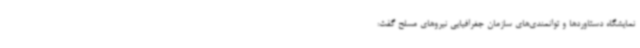
نمایشگاه دستاوردها و توانمندی‌های سازمان جغرافیایی نیروهای مسلح گفت: